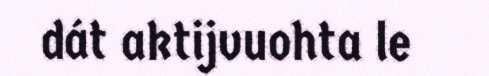
dát aktijvuohta le